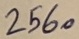
Text: 2560